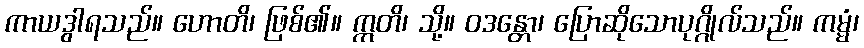
ကာယဒွါရသည်။ ဟောတိ၊ ဖြစ်၏။ ဣတိ၊ သို့။ ဝဒန္တော၊ ပြောဆိုသောပုဂ္ဂိုလ်သည်။ ကမ္မံ၊